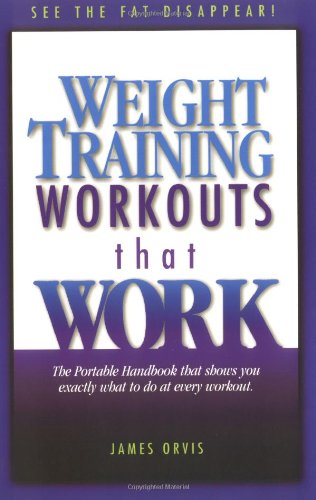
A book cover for Weight Training Workouts that Work; James Orvis; Cookbooks, Food & Wine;